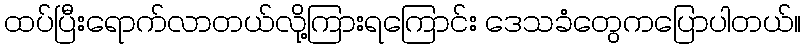
ထပ်ပြီးရောက်လာတယ်လို့ကြားရကြောင်း ဒေသခံတွေကပြောပါတယ်။